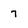
Character: 7